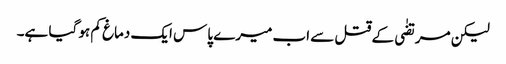
لیکن مرتضٰی کے قتل سے اب میرے پاس ایک دماغ کم ہو گیا ہے۔